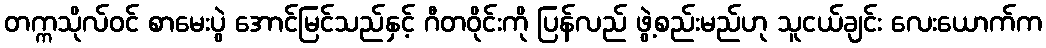
တက္ကသိုလ်ဝင် စာမေးပွဲ အောင်မြင်သည်နှင့် ဂီတဝိုင်းကို ပြန်လည် ဖွဲ့စည်းမည်ဟု သူငယ်ချင်း လေးယောက်က